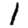
Digit: 1